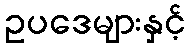
ဥပဒေများနှင့်